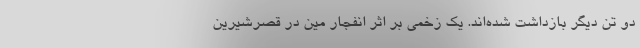
دو تن دیگر بازداشت شده‌اند. یک زخمی بر اثر انفجار مین در قصرشیرین